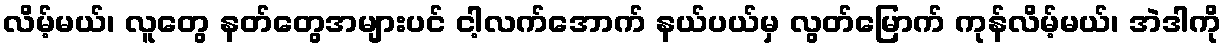
လိမ့်မယ်၊ လူတွေ နတ်တွေအများပင် ငါ့လက်အောက် နယ်ပယ်မှ လွတ်မြောက် ကုန်လိမ့်မယ်၊ အဲဒါကို